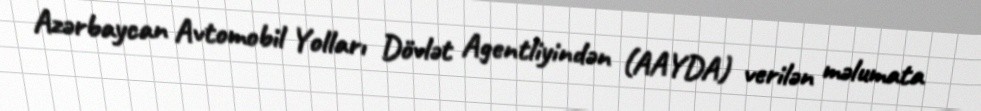
Azərbaycan Avtomobil Yolları Dövlət Agentliyindən (AAYDA) verilən məlumata